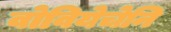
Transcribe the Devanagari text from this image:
वोवियेचेनि